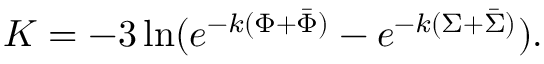
K = - 3 \ln ( e ^ { - k ( \Phi + \bar { \Phi } ) } - e ^ { - k ( \Sigma + \bar { \Sigma } ) } ) .